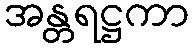
အန္တရဋ္ဌကာ